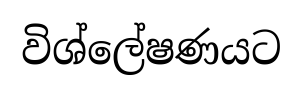
විශ්ලේෂණයට